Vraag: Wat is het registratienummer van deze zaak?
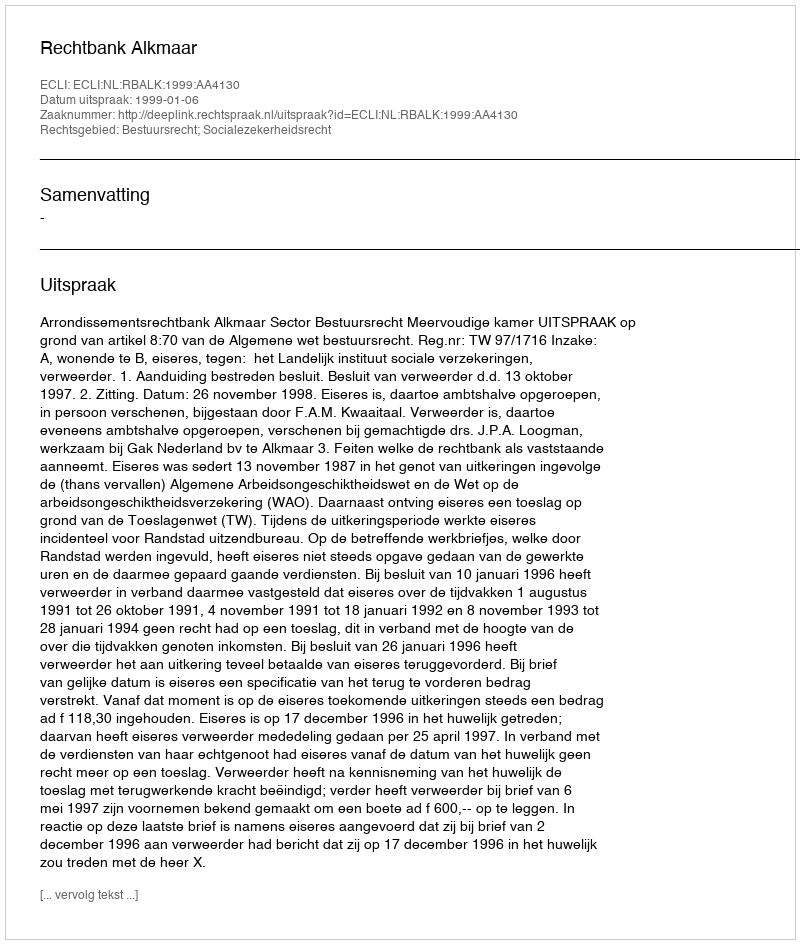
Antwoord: http://deeplink.rechtspraak.nl/uitspraak?id=ECLI:NL:RBALK:1999:AA4130